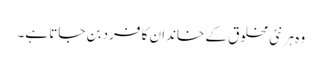
وہ ہر نئی مخلوق کے خاندان کا فرد بن جاتا ہے۔